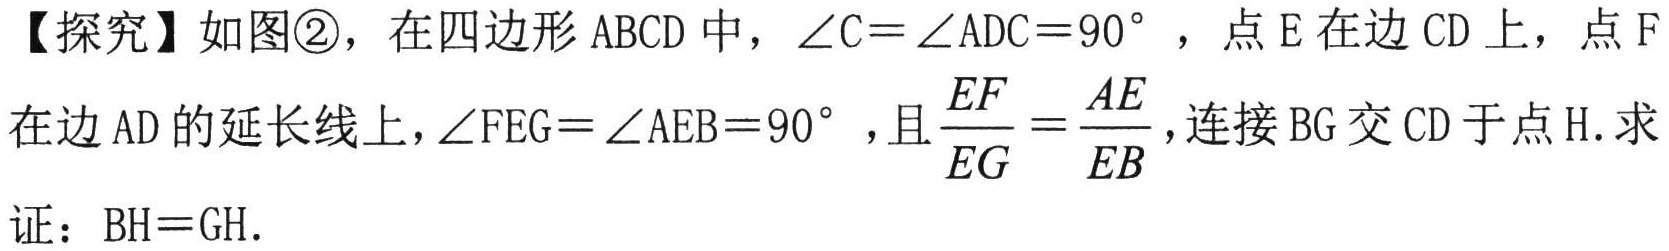
【探究】如图\textcircled{2}，在四边形 \(ABCD\) 中，\(\angle C=\angle ADC = 90^{\circ}\)，点 \(E\) 在边 \(CD\) 上，点 \(F\)
在边 \(AD\) 的延长线上，\(\angle FEG=\angle AEB = 90^{\circ}\)，且\(\frac{EF}{EG}=\frac{AE}{EB}\)，连接 \(BG\) 交 \(CD\) 于点 \(H\). 求
证：\(BH = GH\).